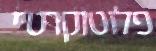
פלוטוקרטיי